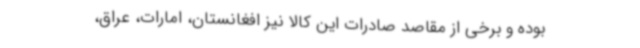
بوده و برخی از مقاصد صادرات این کالا نیز افغانستان، امارات، عراق،